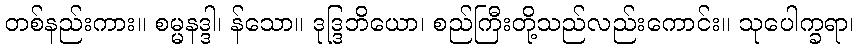
တစ်နည်းကား။ စမ္မနဒ္ဒါ၊ န်သော။ ဒုဒ္ဒြဘိယော၊ စည်ကြီးတို့သည်လည်းကောင်း။ သုပေါက္ခရာ၊